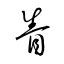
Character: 眚